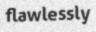
flawlessly